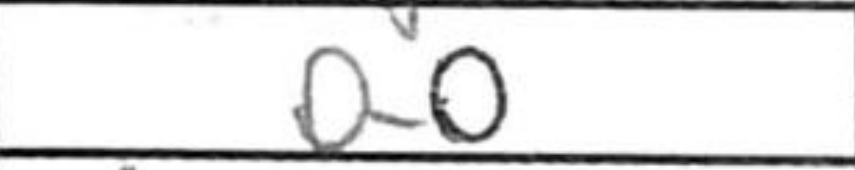
Transcription: O-O